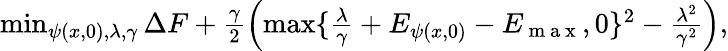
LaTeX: \begin{array}{r}{\operatorname*{min}_{\psi(x,0),\lambda,\gamma}\Delta F+\frac{\gamma}{2}\left(\operatorname*{max}\{ \frac{\lambda}{\gamma}+E_{\psi(x,0)}-E_{\mathrm{~m~a~x~}},0\} ^{2}-\frac{\lambda^{2}}{\gamma^{2}}\right),}\end{array}